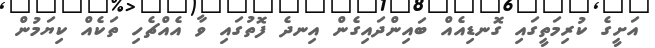
އަށީގެ ކުރިމަތީގައި ގޮނޑިއެއް ބައިންދައިގެން އިނދެ ފޮތުގައި ވާ އެއްޗެހި ތަކެއް ކިޔަމުން